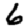
Digit: 6